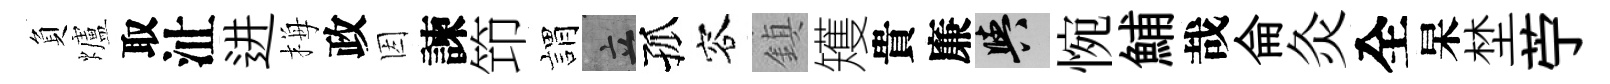
負爐取沚进梅政因諫笻娟立孤容鎮矱貴廉阳惋鯆哉侖灸全杲埜苧